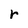
Character: r